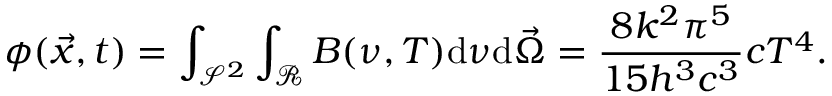
\phi ( \vec { x } , t ) = \int _ { \mathcal { S } ^ { 2 } } \int _ { \mathcal { R } } B ( \nu , T ) \mathrm { d } \nu \mathrm { d } \vec { \Omega } = \frac { 8 k ^ { 2 } \pi ^ { 5 } } { 1 5 h ^ { 3 } c ^ { 3 } } c T ^ { 4 } .